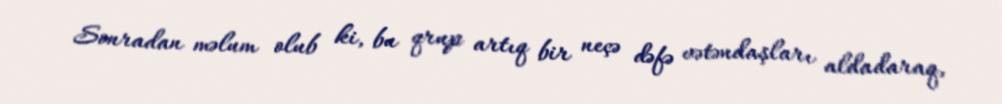
Sonradan məlum olub ki, bu qrup artıq bir neçə dəfə vətəndaşları aldadaraq,